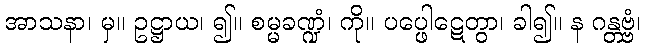
အာသနာ၊ မှ။ ဥဋ္ဌာယ၊ ၍။ စမ္မခဏ္ဍံ၊ ကို။ ပပ္ဖေါဋေတွာ၊ ခါ၍။ န ဂန္တဗ္ဗံ၊